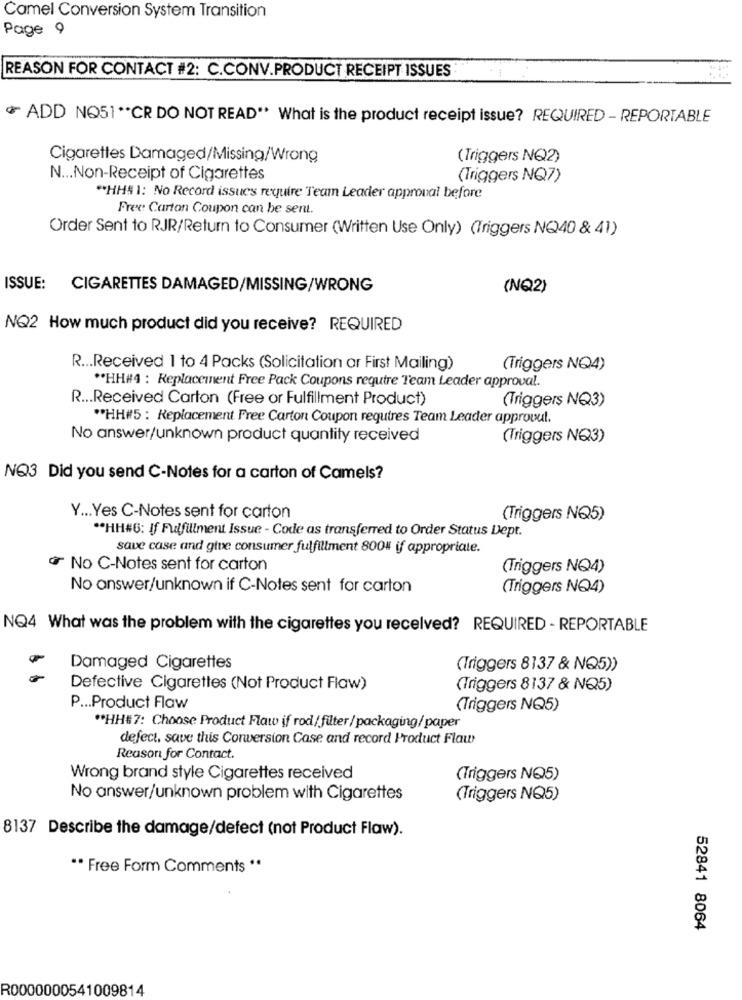
Camel Conversion System Transition
Page 9
REASON FOR CONTACT #2: C.CONV.PRODUCT RECEIPT ISSUES
ADD NO51 ** CR DO NOT READ" What is the product receipt issue? REQUIRED - REPORTABLE
Cigarettes Damaged/Missing/Wrong
(Triggers NQ2)
N ... Non-Receipt of Cigarettes
(Triggers NQ7)
"HH# 1: No Record issues require Team Leader approval before
Free Carton Coupon can be sent.
Order Sent to RJR/Return to Consumer (Written Use Only) (Triggers NQ40 & 41)
ISSUE: CIGARETTES DAMAGED/MISSING/WRONG
(NQ2)
NQ2 How much product did you receive? REQUIRED
R ... Received 1 to 4 Packs (Solicitation ar First Mailing)
(Triggers NQ4)
** HH#4 : Replacement Free Pack Coupons require Team Leader approval.
R ... Received Carton (Free or Fulfillment Product)
Triggers NQ3)
** HH#5 : Replacement Pree Carton Coupon requires Team Leader approval.
No answer/unknown product quantity received
(Triggers NQ3)
NQ3 Did you send C-Notes for a carton of Camels?
Y ... Yes C-Notes sent for carton
(Triggers NQ5)
** HH#G: If Fulfillment Issue - Code as transferred to Order Status Dept.
save case and give consumer fulfillment 800% if appropriate.
៛ No C-Notes sent for carton
(Triggers NQ4)
No answer/unknown if C-Notes sent for carton
(Triggers NQ4)
NQ4 What was the problem with the cigarettes you received? REQUIRED - REPORTABLE
Damaged Cigarettes
(Triggers 8137 & NQ5))
Defective Cigarettes (Not Product Flaw)
(Triggers 8137 & N25)
P ... Product Flaw
(Triggers NQ5)
** HH#7: Choose Product Flaw if rod/filter/ packaging/paper
defect, save this Corversion Case and record Product Flaw
Reason for Contact.
Wrong brand style Cigarettes received
(Triggers NQ5)
No answer/unknown problem with Cigarettes
(Triggers NQ5)
8137 Describe the damage/defect (not Product Flaw).
** Free Form Comments "
52841 8064
R0000000541009814